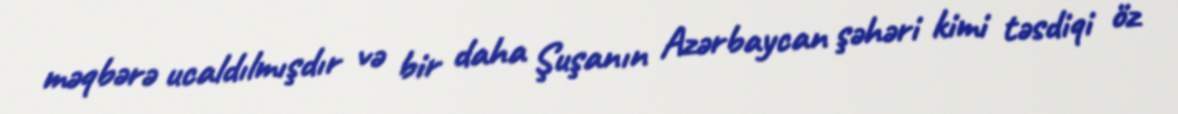
məqbərə ucaldılmışdır və bir daha Şuşanın Azərbaycan şəhəri kimi təsdiqi öz